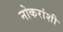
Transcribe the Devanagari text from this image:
नोकरांशी